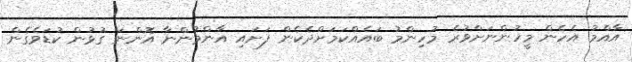
އާއްމު އެހެން މީހުންނަށްވުރެ މުހިންމު ބައެއްކަމަށްދެކެން ފަށައި އާންމުންނާ އޮންނަ ގުޅުން ކުޑަވެގެން